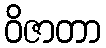
ဝိဇာတာ